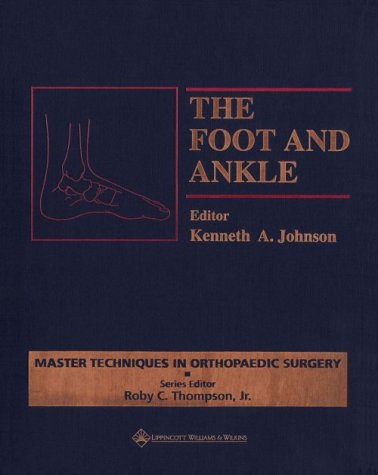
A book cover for The Foot and Ankle (Master Techniques in Orthopaedic Surgery); Medical Books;